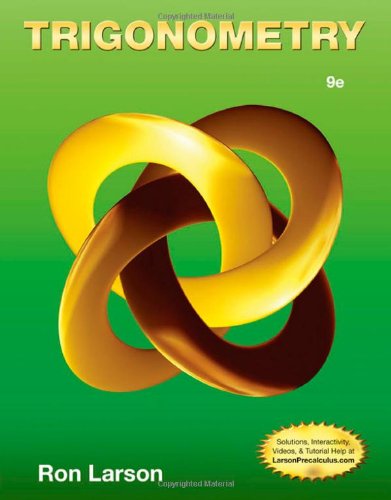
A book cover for Trigonometry; Ron Larson; Science & Math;